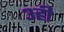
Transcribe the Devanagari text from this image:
३ही